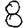
Digit: 8